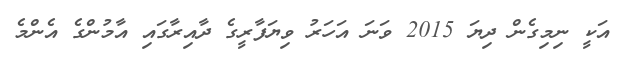
އަކީ ނިމިގެން ދިޔަ 2015 ވަނަ އަހަރު ވިޔަފާރީގެ ދާއިރާގައި އާމުންގެ އެންމެ